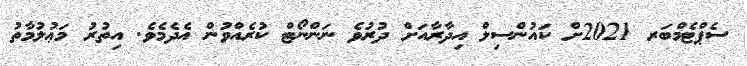
ސެޕްޓެމްބަރ 2021ށް ކައުންސިލް އިދާރާއަށް ދުރުވެ ނަންނޯޓް ކުރެއްވުން އެދެމެވެ. އިތުރު މަޢުލުމާތު